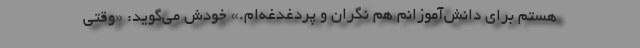
هستم برای دانش‌آموزانم هم نگران و پردغدغه‌ام.» خودش می‌گوید: «وقتی